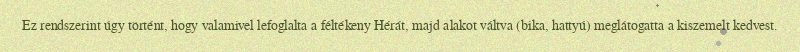
Ez rendszerint úgy történt, hogy valamivel lefoglalta a féltékeny Hérát, majd alakot váltva (bika, hattyú) meglátogatta a kiszemelt kedvest.